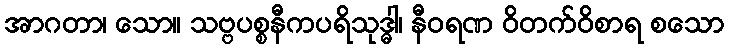
အာဂတာ၊ သော။ သဗ္ဗပစ္စနီကပရိသုဒ္ဓါ၊ နီဝရဏ ဝိတက်ဝိစာရ စသော